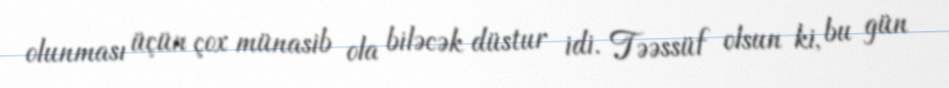
olunması üçün çox münasib ola biləcək düstur idi. Təəssüf olsun ki, bu gün